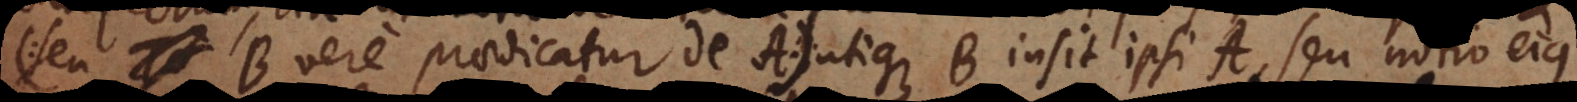
seu B vere praedicatur de A:) utique B insit ipsi A, seu notio ejus